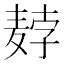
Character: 𬹇